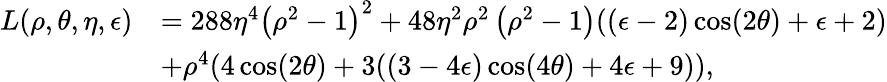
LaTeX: \begin{array}{rl}{L(\rho,\theta,\eta,\epsilon)}&{=288\eta^{4}\left(\rho^{2}-1\right)^{2}+48\eta^{2}\rho^{2}\left(\rho^{2}-1\right)((\epsilon-2)\cos(2\theta)+\epsilon+2)}\\ &{+\rho^{4}(4\cos(2\theta)+3((3-4\epsilon)\cos(4\theta)+4\epsilon+9)),}\end{array}